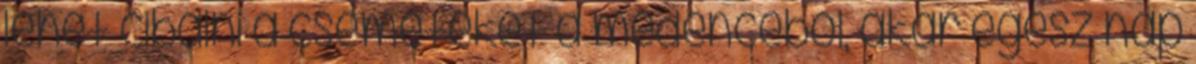
lehet cibálni a csemetéket a medencéből, akár egész nap